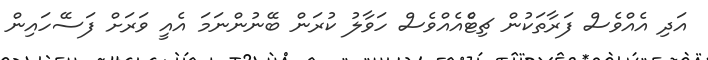
އަދި އެއްވެސް ފަރާތަކުން ޗިޓްެއެއްވެސް ހަވާލު ކުރަން ބޭނުންނަމަ އެއީ ވަރަށް ފަސޭހައިން